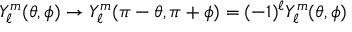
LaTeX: Y _ { \ell } ^ { m } ( \theta , \phi ) \rightarrow Y _ { \ell } ^ { m } ( \pi - \theta , \pi + \phi ) = ( - 1 ) ^ { \ell } Y _ { \ell } ^ { m } ( \theta , \phi )